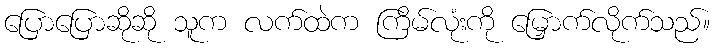
ပြောပြောဆိုဆို သူက လက်ထဲက ကြိမ်လုံးကို မြှောက်လိုက်သည်။